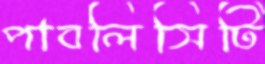
পাবলিসিটি